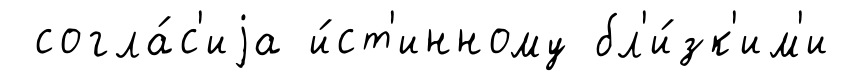
согла́с'иjа и́ст'инному бл'и́зк'им'и